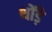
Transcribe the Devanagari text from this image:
थोंड़े